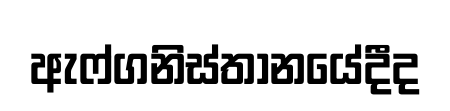
ඇෆ්ගනිස්තානයේදීද